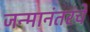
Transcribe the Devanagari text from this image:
जन्मानंतरचे